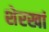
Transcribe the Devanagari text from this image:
शेरखां